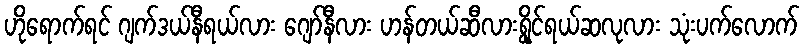
ဟိုရောက်ရင် ဂျက်ဒယ်နီရယ်လား ဂျော်နီလား ဟန်တယ်ဆီလားရွိုင်ရယ်ဆလုလား သုံးပက်လောက်